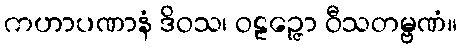
ကဟာပဏာနံ ဒိဝသ၊ ဝဠဉ္ဇော ဝီသတမ္ဗဏံ။